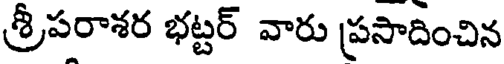
శ్రీపరాశర భట్టర్ వారు ప్రసాదించిన